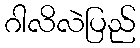
ဂါလိလဲပြည်